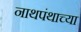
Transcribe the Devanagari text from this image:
नाथपंथाच्या